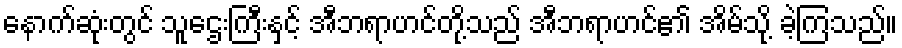
နောက်ဆုံးတွင် သူဌေးကြီးနှင့် အီဘရာဟင်တို့သည် အီဘရာဟင်၏ အိမ်သို့ ခဲ့ကြသည်။